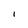
Character: l